Annual report on the Civil Veterinary Department, Burma (including the Insein Veterinary School) - 1910-1922
Year: 1910
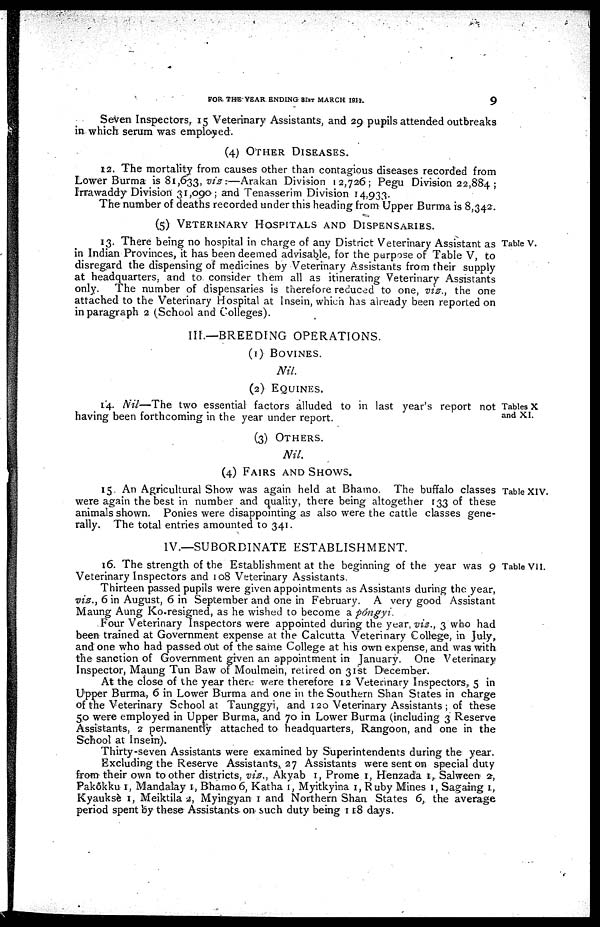
FOR THE-YEAR ENDING 31st MARCH 1911.
9
Seven Inspectors, 15 Veterinary Assistants, and 29 pupils attended outbreaks
in which serum was employed.
(4)
OTHER
DISEASES.
12. The mortality from causes other than contagious diseases recorded from
Lower Burma is 81,633, viz -.—Arakan Division 12,726; Pegu Division 22,884 ;
Irrawaddy Division 31,090; and Tenasserim Division 14,933.
The number of deaths recorded under this heading from Upper Burma is 8,342.
(5)
VETERINARY
HOSPITALS
AND
DISPENSARIES.
Table V.
13. There being no hospital in charge of any District Veterinary Assistant as
in Indian Provinces, it has been deemed advisable, for the purpose of Table V, to
disregard the dispensing of medicines by Veterinary Assistants from their supply
at headquarters, and to consider them all as itinerating Veterinary Assistants
only. The number of dispensaries is therefore reduced to one, viz., the one
attached to the Veterinary Hospital at Insein, which has already been reported on
in paragraph 2 (School and Colleges).
IH.—BREEDING OPERATIONS.
(1) BOVINES.
Nil.
(2) EQUINES.
Tables X
and XI.
14. Nil—The two essential factors alluded to in last year's report not
having been forthcoming in the year under report.
(3)
OTHERS.
Nil.
(4)
FAIRS
AND
SHOWS.
Table XIV.
15. An Agricultural Show was again held at Bhamo. The buffalo classes
were again the best in number and quality, there being altogether 133 of these
animals shown. Ponies were disappointing as also were the cattle classes gene-
rally. The total entries amounted to 341.
IV.—SUBORDINATE ESTABLISHMENT.
Table VII.
16. The strength of the Establishment at the beginning of the year was 9
Veterinary Inspectors and 108 Veterinary Assistants.
Thirteen passed pupils were given appointments as Assistants during the year,
viz., 6 in August, 6 in September and one in February. A very good Assistant
Maung Aung Ko.resigned, as he wished to become a pôngyi.
Four Veterinary Inspectors were appointed during the year, viz., 3 who had
been trained at Government expense at the Calcutta Veterinary College, in July,
and one who had passed out of the same College at his own expense, and was with
the sanction of Government given an appointment in January. One Veterinary
Inspector, Maung Tun Baw of Moulmein, retired on 31st December.
At the close of the year there were therefore 12 Veterinary Inspectors, 5 in
Upper Burma, 6 in Lower Burma and one in the Southern Shan States in charge
of the Veterinary School at Taunggyi, and 120 Veterinary Assistants ; of these
50 were employed in Upper Burma, and 70 in Lower Burma (including 3 Reserve
Assistants, 2 permanently attached to headquarters, Rangoon, and one in the
School at Insein).
Thirty-seven Assistants were examined by Superintendents during the year.
Excluding the Reserve Assistants,. 27 Assistants were sent on special duty
from their own toother districts, viz., Akyab 1, Prome 1, Henzada 1,. Salween 2 ,
Pakokku 1, Mandalay 1, Bhamo 6, Katha 1, Myitkyina 1, Ruby Mines 1, Sagairrg 1 ,
Kyauksè 1, Meiktila 2, Myingyan 1 and Northern Shan States 6, the average
period spent by these Assistants on such duty being 118 days.